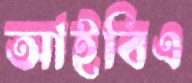
আইবিএ